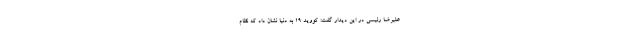
علیرضا رئیسی در این دیدار گفت: کووید ۱۹ به دنیا نشان داد که نظام